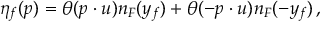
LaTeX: \eta _ { f } ( p ) = \theta ( p \cdot u ) n _ { F } ( y _ { f } ) + \theta ( - p \cdot u ) n _ { F } ( - y _ { f } ) \, ,